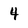
Character: 4